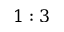
1 : 3